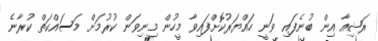
ރަޝިއާ އިން ބުނެފައި ވަނީ ހައްޔަރުކޮށްފައިވާ މީހުން މިނިވަން ކުރުމަށް މަސައްކަތް ކުރާނެ